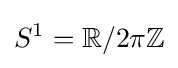
S^{1}=\mathbb {R} /2\pi \mathbb {Z}